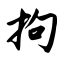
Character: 拘